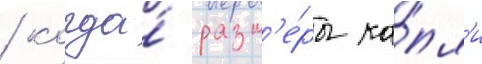
/ когда́ разм'е́ры ка́пл'и